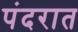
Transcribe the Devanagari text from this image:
पंदरात